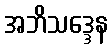
အဘိသဒ္ဒေန